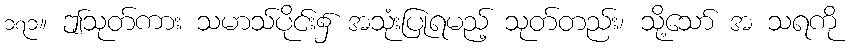
၁၇၁။ ဤသုတ်ကား သမာသ်ပိုင်း၌ အသုံးပြုရမည့် သုတ်တည်း၊ သို့သော် အ သရကို